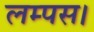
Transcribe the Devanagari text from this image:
लम्पस।